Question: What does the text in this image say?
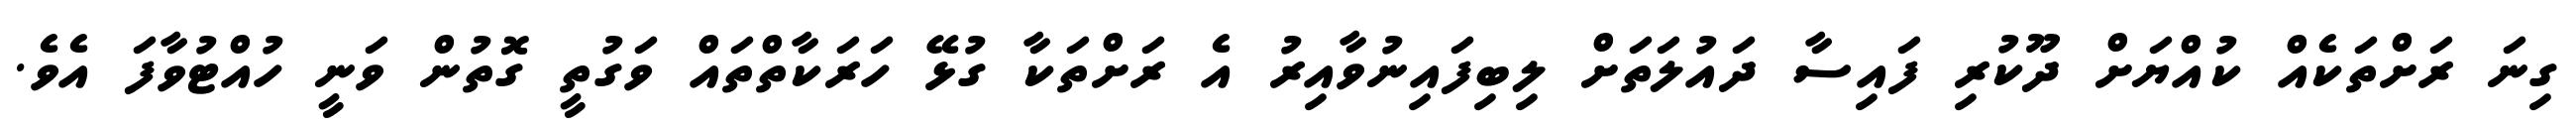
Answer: ގިނަ ރަށްތަކެއް ކުއްޔަށް ދޫކުރި ފައިސާ ދައުލަތަށް ލިބިފައިނުވާއިރު އެ ރަށްތަކާ ގުޅޭ ހަރަކާތްތައް ވަގުތީ ގޮތުން ވަނީ ހުއްޓުވާފަ އެވެ.